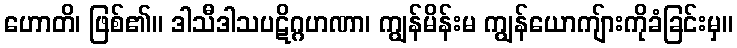
ဟောတိ၊ ဖြစ်၏။ ဒါသီဒါသပဋိဂ္ဂဟဏာ၊ ကျွန်မိန်းမ ကျွန်ယောကျ်ားကိုခံခြင်းမှ။